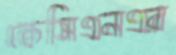
কেসিএনএর